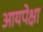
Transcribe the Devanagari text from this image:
आयपेक्षा